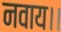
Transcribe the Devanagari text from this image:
नवाय।।